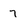
Character: 7